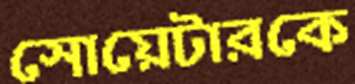
সোয়েটারকে